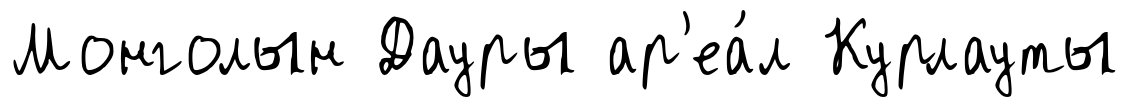
Монголын Дауры ар'еа́л Курлауты